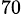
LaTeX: ^{70}